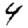
Digit: 4